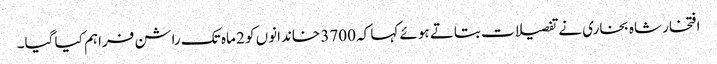
افتخار شاہ بخاری نے تفصیلات بتاتے ہوئے کہا کہ 3700 خاندانوں کو 2 ماہ تک راشن فراہم کیا گیا۔